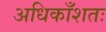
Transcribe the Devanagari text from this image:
अधिकाँशतः